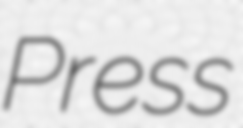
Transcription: Press